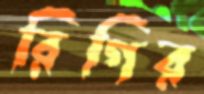
রিগির